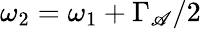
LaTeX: \omega_{2}=\omega_{1}+\Gamma_{\mathscr{A}}/2